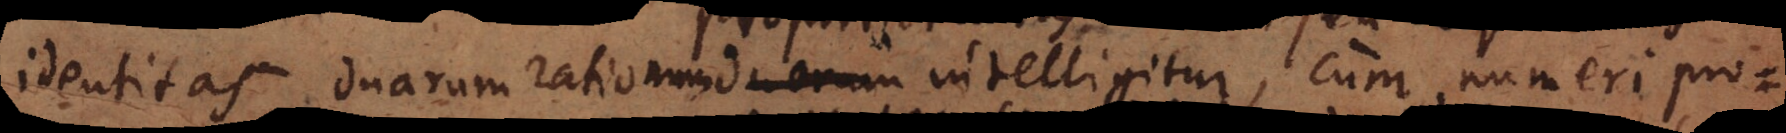
identitas duarum rationum intelligitur, cum numeri pro